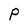
Character: P